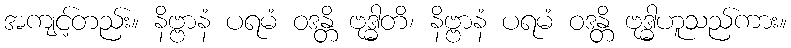
အကျင့်တည်း။ နိဗ္ဗာနံ ပရမံ ဝဒန္တိ ဗုဒ္ဓါတိ၊ နိဗ္ဗာနံ ပရမံ ဝဒန္တိ ဗုဒ္ဓါဟူသည်ကား။